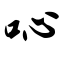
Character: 吣